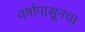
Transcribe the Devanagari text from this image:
वर्षापासूनचा